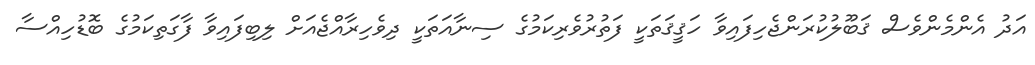
އަދު އެންމެންވެސް ޤަބޫލުކުރަންޖެހިފައިވާ ހަޤީޤަތަކީ ފަތުރުވެރިކަމުގެ ސިނާއަތަކީ ދިވެހިރާއްޖެއަށް ލިބިފައިވާ ފާގަތިކަމުގެ ބޮޑުހިއްސާ